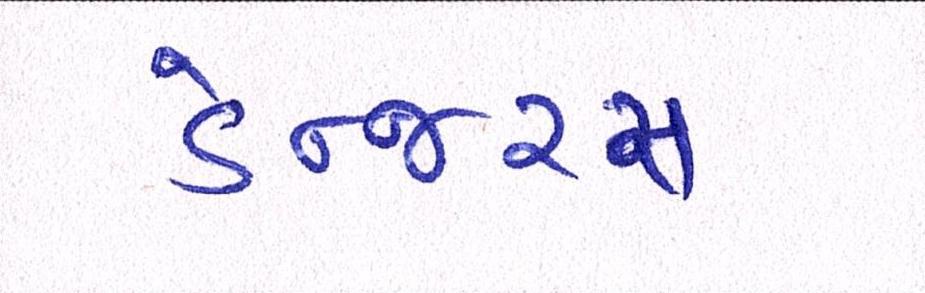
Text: ડેન્જરસ